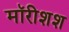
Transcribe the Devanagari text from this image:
मॉरीशश